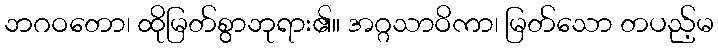
ဘဂဝတော၊ ထိုမြတ်စွာဘုရား၏။ အဂ္ဂသာဝိကာ၊ မြတ်သော တပည့်မ